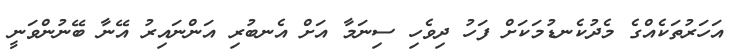
އަހަރުތަކެއްގެ މެދުކެނޑުމަކަށް ފަހު ދިވެހި ސިނަމާ އަށް އެނބުރި އަންނައިރު އޭނާ ބޭނުންވަނީ